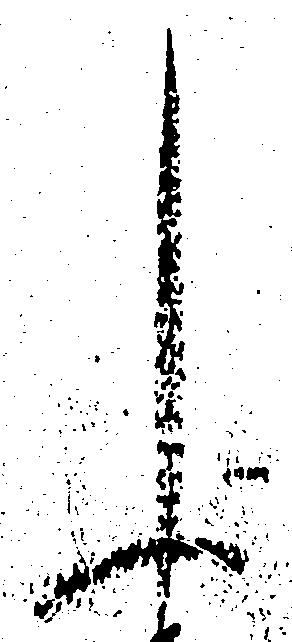
申